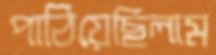
পাঠিয়েছিলাম